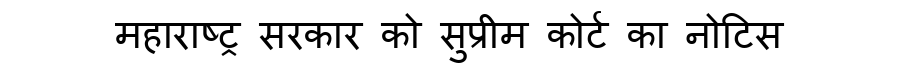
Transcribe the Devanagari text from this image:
महाराष्ट्र सरकार को सुप्रीम कोर्ट का नोटिस